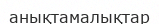
анықтамалықтар